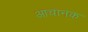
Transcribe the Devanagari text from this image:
आचानक